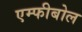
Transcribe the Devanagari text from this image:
एम्फीबोल